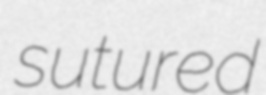
sutured